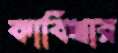
কাবিখার